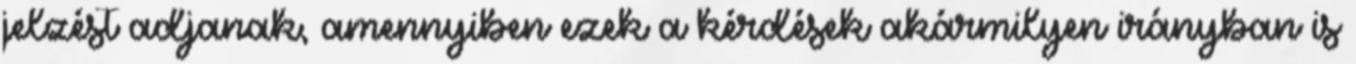
jelzést adjanak, amennyiben ezek a kérdések akármilyen irányban is